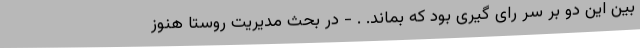
بین این دو بر سر رای گیری بود که بماند. . - در بحث مدیریت روستا هنوز